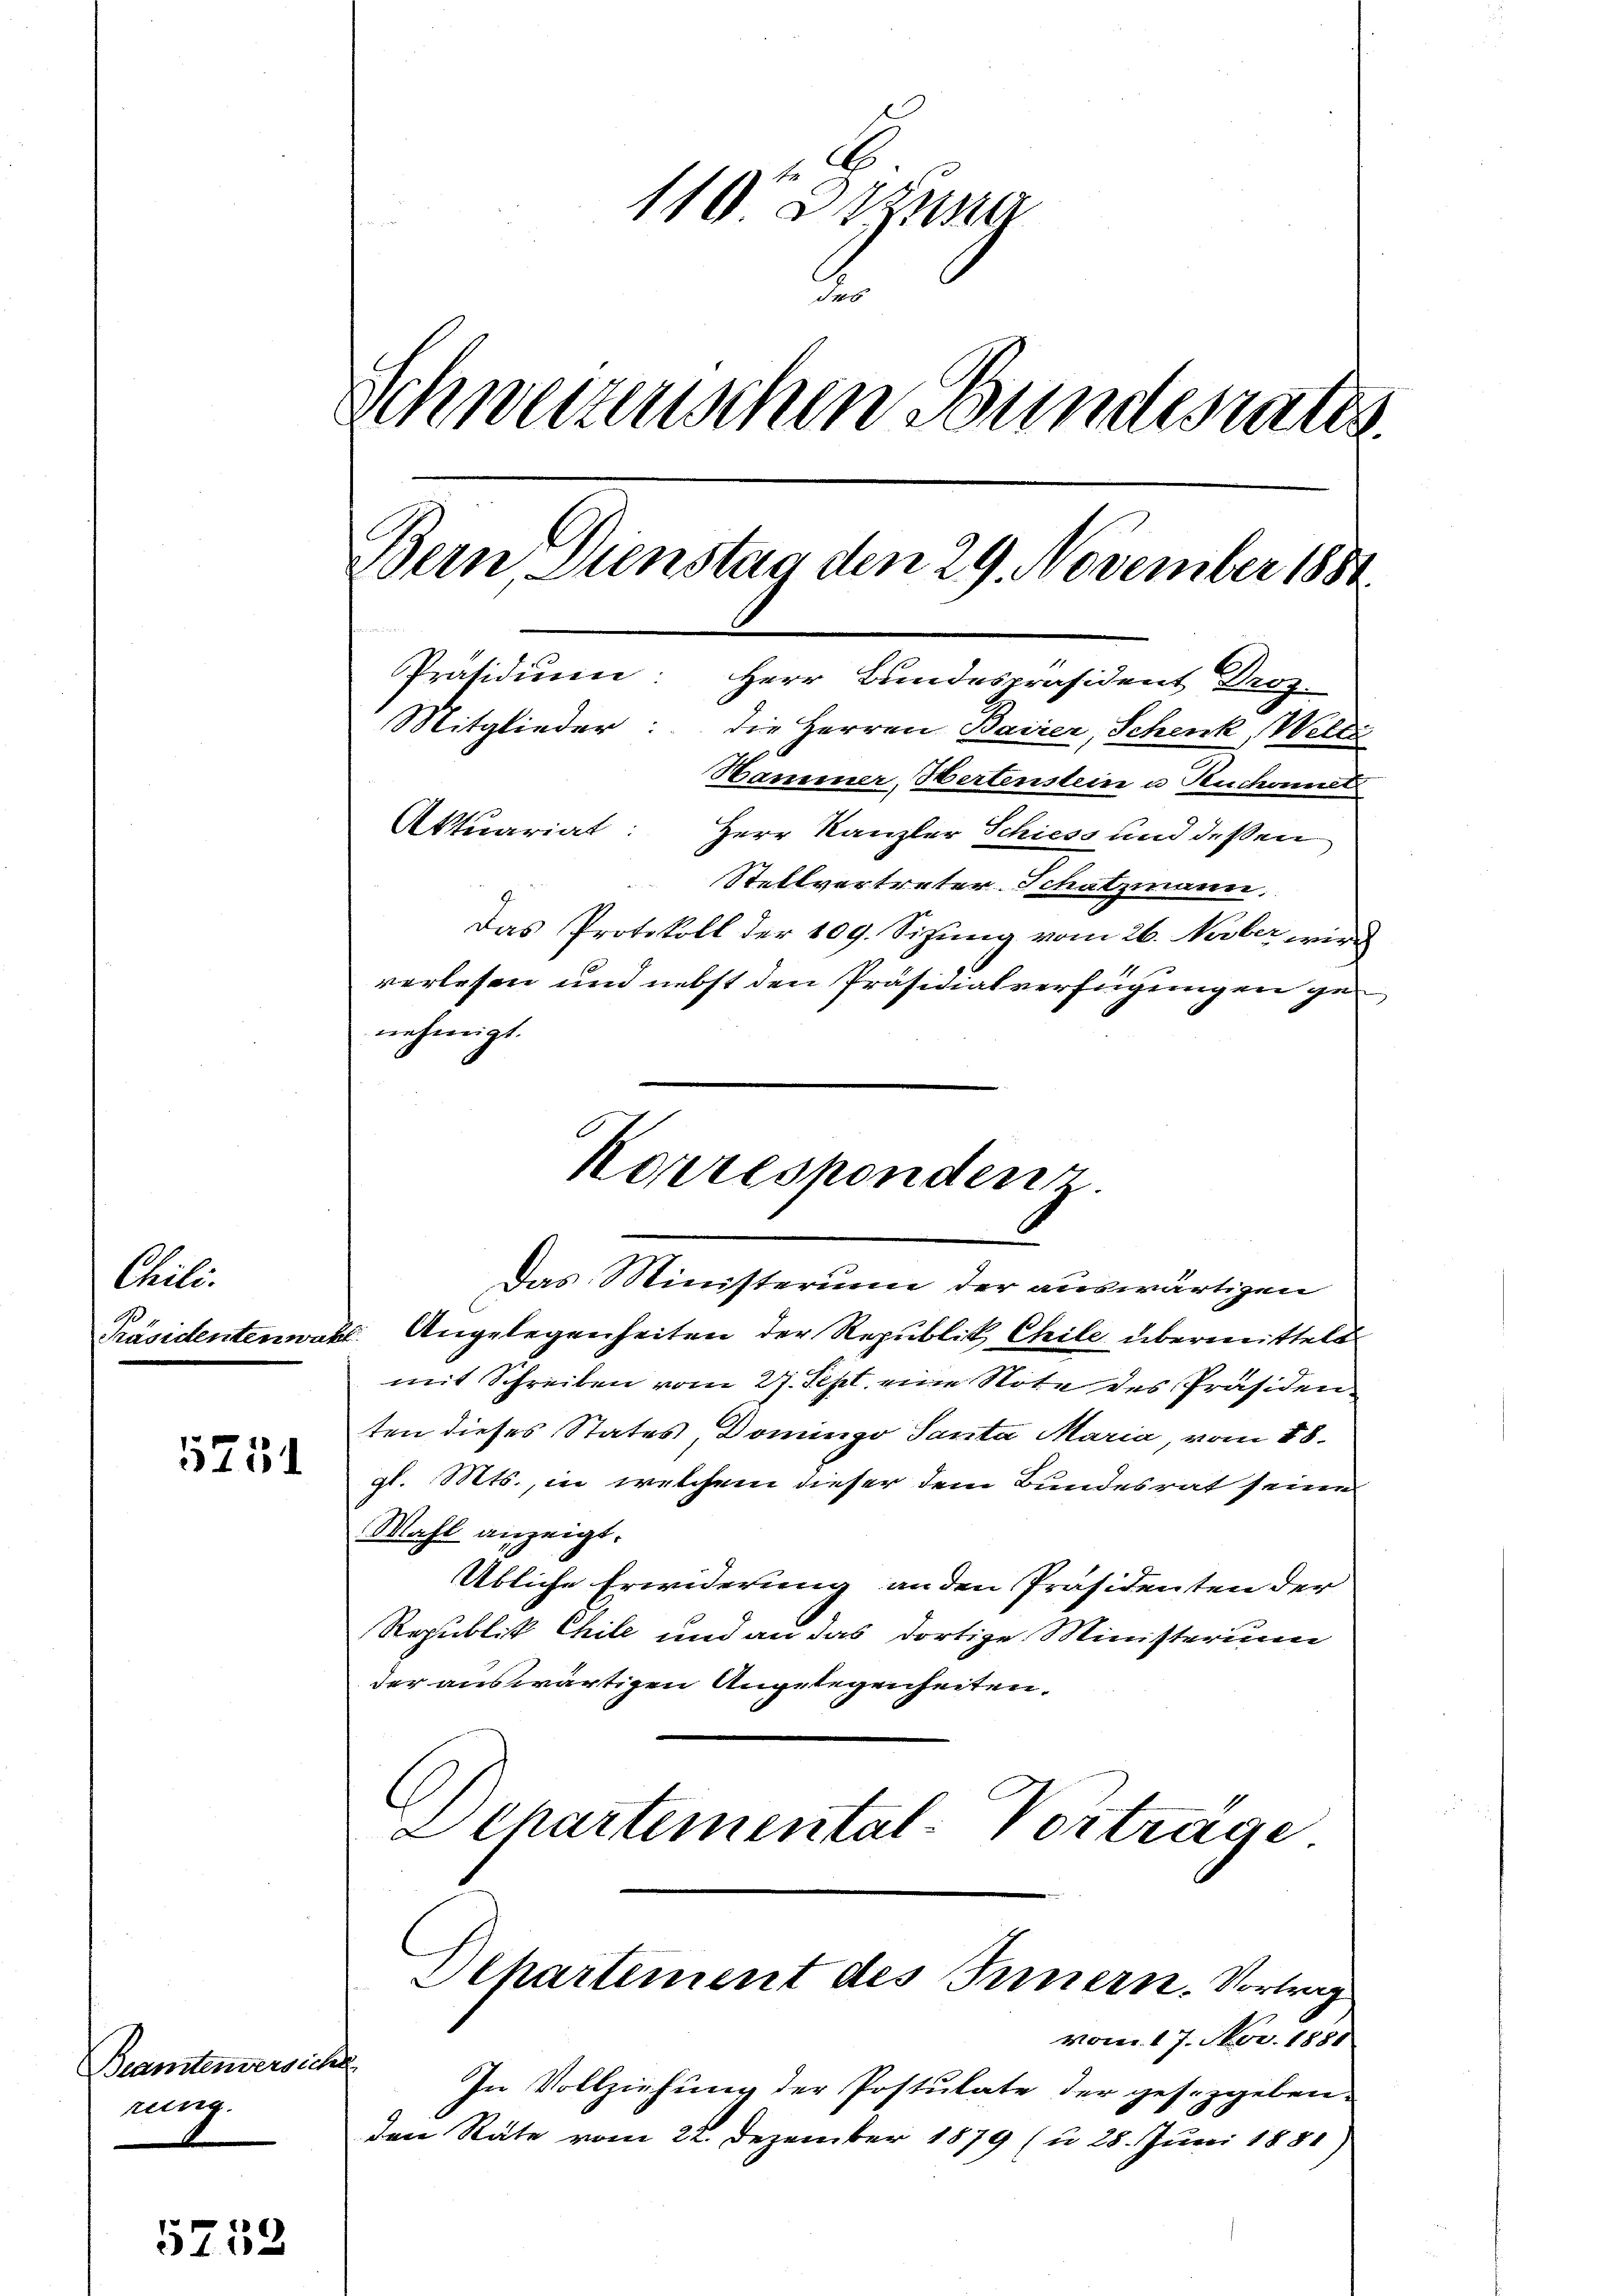
Chili.
Präsidenten wa

5751

Beamtenversiche
rung.

1752

110 Sizung
2.
Schweizenschen Bundesrate
Bern Dienstag den 29. November 1881
Präsidium.
Herr Bundespräsident Droz.
Mitglieder: die Herren Bairer, Schenk, Welti
Hammer, Hertenstein u Kuchannat
Aktuariat:
Herr Kanzler Schiess und dessen
Stellvertreter Schatzmann.
Das Protokoll der 109. Sizung vom 26. Novber wird
verlesen und nebst den Präsidialverfügungen genehmigt.

Korresponden

Das Ministerium der auswärtigen
k. Angelegenheiten der Republik Chile übermittelt
mit Schreiben vom 27. Sept. eine Note des Präsiden
ten dieses States, Domingo Santa Maria, vom 18.
gl. Mts., in welchem dieser dem Bundesrat seine
Mahl anzeigt.
Übliche Erwiderung an den Präsidenten der
Republik Chile und an das dortige Ministerium
der auswärtigen Angelegenheiten.
G
 Chartemental-Vortrage.
Departement des Innern. Vortrag
vom 17. Nov. 1881
In Vollziehung der Postulate der gesetzgeben.
den Räte vom 22. Dezember 1879 (u. 28. Juni 1881)